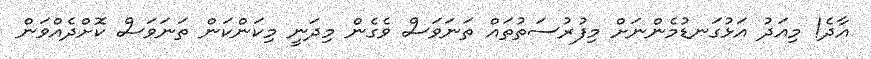
އާދެ! މިއަދު އަޅުގަނޑުމެންނަށް މިފުރުސަތުތައް ތަނަވަސް ވެގެން މިދަނީ މިކަންކަން ތަނަވަސް ކޮށްދެއްވަން